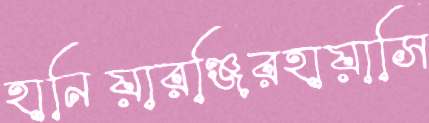
হানিয়ারঞ্জিরহায়াসি